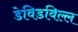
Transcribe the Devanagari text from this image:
डेविडविल्ल